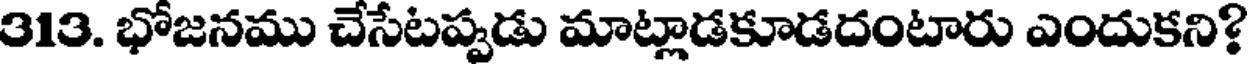
313. భోజనము చేసేటప్పడు మాట్లాడకూడదంటారు ఎందుకని?